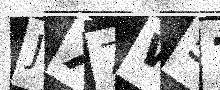
Text: JX7W57